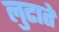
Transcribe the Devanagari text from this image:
लुटाते